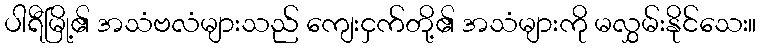
ပါရီမြို့၏ အသံဗလံများသည် ကျေးငှက်တို့၏ အသံများကို မလွှမ်းနိုင်သေး။